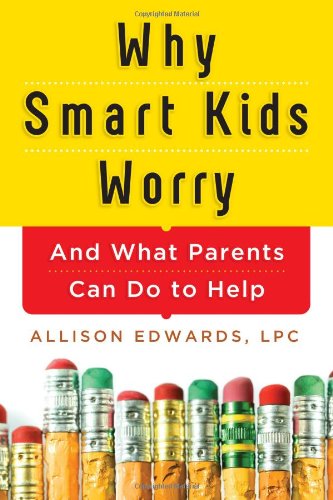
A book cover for Why Smart Kids Worry: And What Parents Can Do to Help; Allison Edwards; Parenting & Relationships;